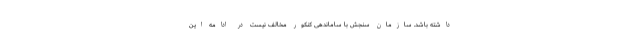
داشته باشد. سازمان سنجش با ساماندهی کنکور مخالف نیست در ادامه این